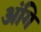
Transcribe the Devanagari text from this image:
अंगि